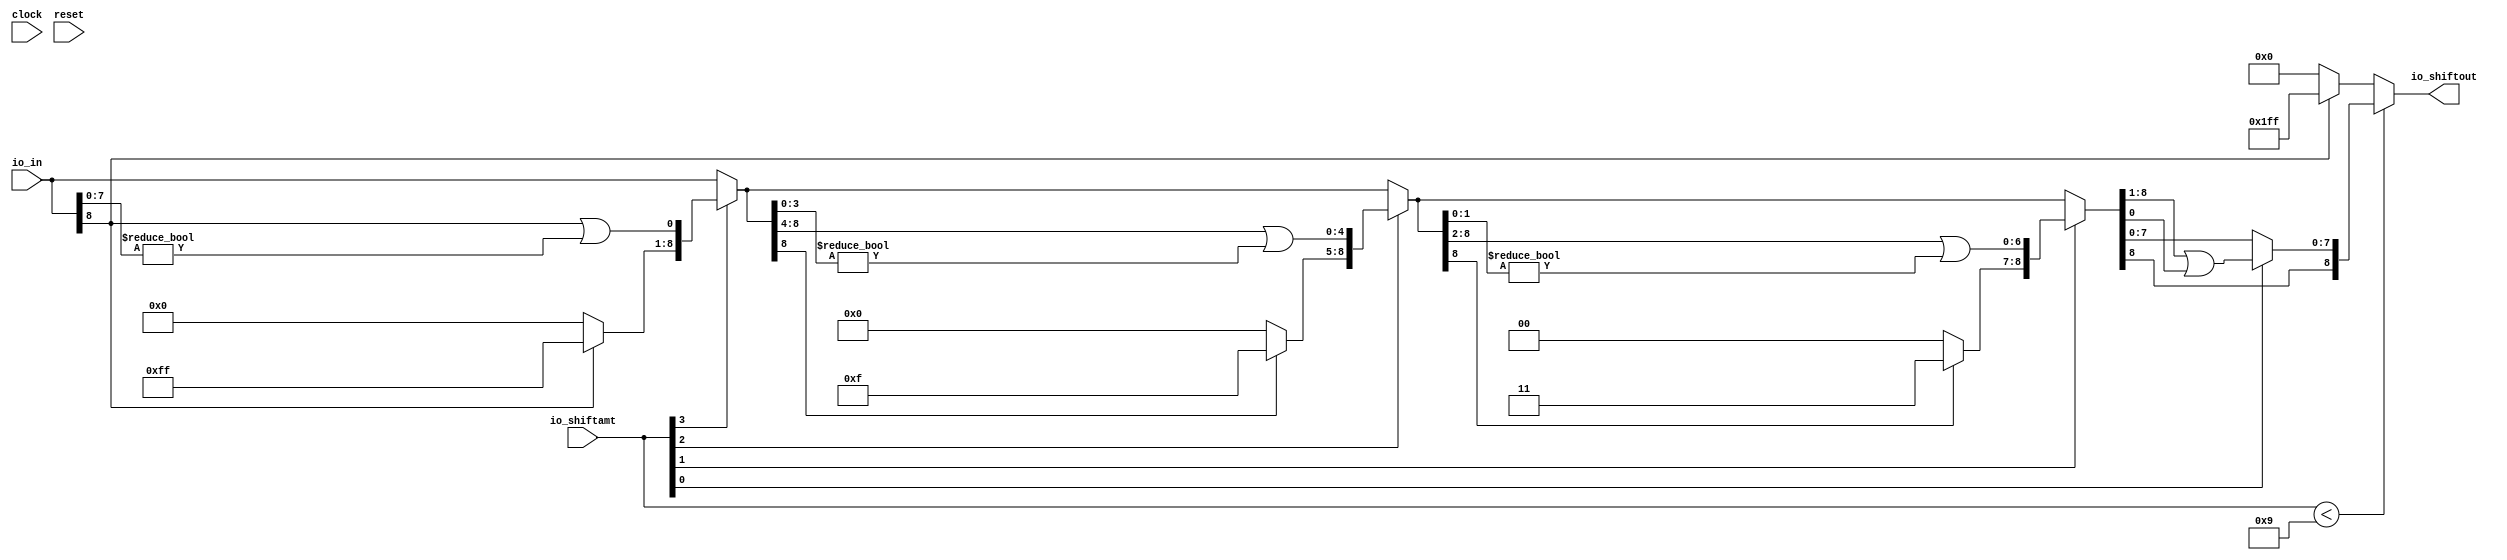
module Shifter9_5(
  input        clock,
  input        reset,
  input  [8:0] io_in,
  input  [4:0] io_shiftamt,
  output [8:0] io_shiftout
);
  wire  _T; // @[Shift.scala 39:24]
  wire [3:0] _T_1; // @[Shift.scala 40:44]
  wire  _T_2; // @[Shift.scala 90:30]
  wire [7:0] _T_3; // @[Shift.scala 90:48]
  wire  _T_4; // @[Shift.scala 90:57]
  wire  _T_5; // @[Shift.scala 90:39]
  wire  _T_6; // @[Shift.scala 12:21]
  wire  _T_7; // @[Shift.scala 12:21]
  wire [7:0] _T_9; // @[Bitwise.scala 71:12]
  wire [8:0] _T_10; // @[Cat.scala 29:58]
  wire [8:0] _T_11; // @[Shift.scala 91:22]
  wire [2:0] _T_12; // @[Shift.scala 92:77]
  wire [4:0] _T_13; // @[Shift.scala 90:30]
  wire [3:0] _T_14; // @[Shift.scala 90:48]
  wire  _T_15; // @[Shift.scala 90:57]
  wire [4:0] _GEN_0; // @[Shift.scala 90:39]
  wire [4:0] _T_16; // @[Shift.scala 90:39]
  wire  _T_17; // @[Shift.scala 12:21]
  wire  _T_18; // @[Shift.scala 12:21]
  wire [3:0] _T_20; // @[Bitwise.scala 71:12]
  wire [8:0] _T_21; // @[Cat.scala 29:58]
  wire [8:0] _T_22; // @[Shift.scala 91:22]
  wire [1:0] _T_23; // @[Shift.scala 92:77]
  wire [6:0] _T_24; // @[Shift.scala 90:30]
  wire [1:0] _T_25; // @[Shift.scala 90:48]
  wire  _T_26; // @[Shift.scala 90:57]
  wire [6:0] _GEN_1; // @[Shift.scala 90:39]
  wire [6:0] _T_27; // @[Shift.scala 90:39]
  wire  _T_28; // @[Shift.scala 12:21]
  wire  _T_29; // @[Shift.scala 12:21]
  wire [1:0] _T_31; // @[Bitwise.scala 71:12]
  wire [8:0] _T_32; // @[Cat.scala 29:58]
  wire [8:0] _T_33; // @[Shift.scala 91:22]
  wire  _T_34; // @[Shift.scala 92:77]
  wire [7:0] _T_35; // @[Shift.scala 90:30]
  wire  _T_36; // @[Shift.scala 90:48]
  wire [7:0] _GEN_2; // @[Shift.scala 90:39]
  wire [7:0] _T_38; // @[Shift.scala 90:39]
  wire  _T_40; // @[Shift.scala 12:21]
  wire [8:0] _T_41; // @[Cat.scala 29:58]
  wire [8:0] _T_42; // @[Shift.scala 91:22]
  wire [8:0] _T_45; // @[Bitwise.scala 71:12]
  assign _T = io_shiftamt < 5'h9; // @[Shift.scala 39:24]
  assign _T_1 = io_shiftamt[3:0]; // @[Shift.scala 40:44]
  assign _T_2 = io_in[8:8]; // @[Shift.scala 90:30]
  assign _T_3 = io_in[7:0]; // @[Shift.scala 90:48]
  assign _T_4 = _T_3 != 8'h0; // @[Shift.scala 90:57]
  assign _T_5 = _T_2 | _T_4; // @[Shift.scala 90:39]
  assign _T_6 = _T_1[3]; // @[Shift.scala 12:21]
  assign _T_7 = io_in[8]; // @[Shift.scala 12:21]
  assign _T_9 = _T_7 ? 8'hff : 8'h0; // @[Bitwise.scala 71:12]
  assign _T_10 = {_T_9,_T_5}; // @[Cat.scala 29:58]
  assign _T_11 = _T_6 ? _T_10 : io_in; // @[Shift.scala 91:22]
  assign _T_12 = _T_1[2:0]; // @[Shift.scala 92:77]
  assign _T_13 = _T_11[8:4]; // @[Shift.scala 90:30]
  assign _T_14 = _T_11[3:0]; // @[Shift.scala 90:48]
  assign _T_15 = _T_14 != 4'h0; // @[Shift.scala 90:57]
  assign _GEN_0 = {{4'd0}, _T_15}; // @[Shift.scala 90:39]
  assign _T_16 = _T_13 | _GEN_0; // @[Shift.scala 90:39]
  assign _T_17 = _T_12[2]; // @[Shift.scala 12:21]
  assign _T_18 = _T_11[8]; // @[Shift.scala 12:21]
  assign _T_20 = _T_18 ? 4'hf : 4'h0; // @[Bitwise.scala 71:12]
  assign _T_21 = {_T_20,_T_16}; // @[Cat.scala 29:58]
  assign _T_22 = _T_17 ? _T_21 : _T_11; // @[Shift.scala 91:22]
  assign _T_23 = _T_12[1:0]; // @[Shift.scala 92:77]
  assign _T_24 = _T_22[8:2]; // @[Shift.scala 90:30]
  assign _T_25 = _T_22[1:0]; // @[Shift.scala 90:48]
  assign _T_26 = _T_25 != 2'h0; // @[Shift.scala 90:57]
  assign _GEN_1 = {{6'd0}, _T_26}; // @[Shift.scala 90:39]
  assign _T_27 = _T_24 | _GEN_1; // @[Shift.scala 90:39]
  assign _T_28 = _T_23[1]; // @[Shift.scala 12:21]
  assign _T_29 = _T_22[8]; // @[Shift.scala 12:21]
  assign _T_31 = _T_29 ? 2'h3 : 2'h0; // @[Bitwise.scala 71:12]
  assign _T_32 = {_T_31,_T_27}; // @[Cat.scala 29:58]
  assign _T_33 = _T_28 ? _T_32 : _T_22; // @[Shift.scala 91:22]
  assign _T_34 = _T_23[0:0]; // @[Shift.scala 92:77]
  assign _T_35 = _T_33[8:1]; // @[Shift.scala 90:30]
  assign _T_36 = _T_33[0:0]; // @[Shift.scala 90:48]
  assign _GEN_2 = {{7'd0}, _T_36}; // @[Shift.scala 90:39]
  assign _T_38 = _T_35 | _GEN_2; // @[Shift.scala 90:39]
  assign _T_40 = _T_33[8]; // @[Shift.scala 12:21]
  assign _T_41 = {_T_40,_T_38}; // @[Cat.scala 29:58]
  assign _T_42 = _T_34 ? _T_41 : _T_33; // @[Shift.scala 91:22]
  assign _T_45 = _T_7 ? 9'h1ff : 9'h0; // @[Bitwise.scala 71:12]
  assign io_shiftout = _T ? _T_42 : _T_45; // @[Shif.scala 16:15]
endmodule